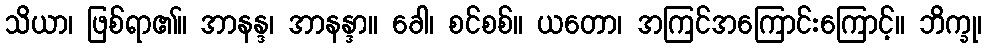
သိယာ၊ ဖြစ်ရာ၏။ အာနန္ဒ၊ အာနန္ဒာ။ ခေါ၊ စင်စစ်။ ယတော၊ အကြင်အကြောင်းကြောင့်။ ဘိက္ခု၊